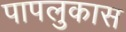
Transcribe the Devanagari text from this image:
पापलुकास